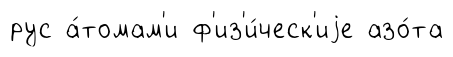
рус а́томам'и ф'из'и́ческ'иjе азо́та